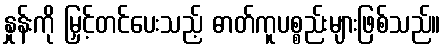
နှုန်းကို မြှင့်တင်ပေးသည့် ဓာတ်ကူပစ္စည်းများဖြစ်သည်။